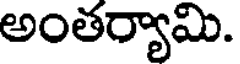
అంతర్యామి.